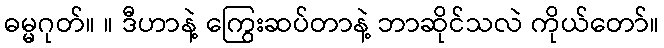
ဓမ္မဂုတ်။ ။ ဒီဟာနဲ့ ကြွေးဆပ်တာနဲ့ ဘာဆိုင်သလဲ ကိုယ်တော်။